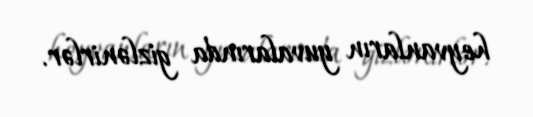
heyvanların yuvalarında gizlənirlər.